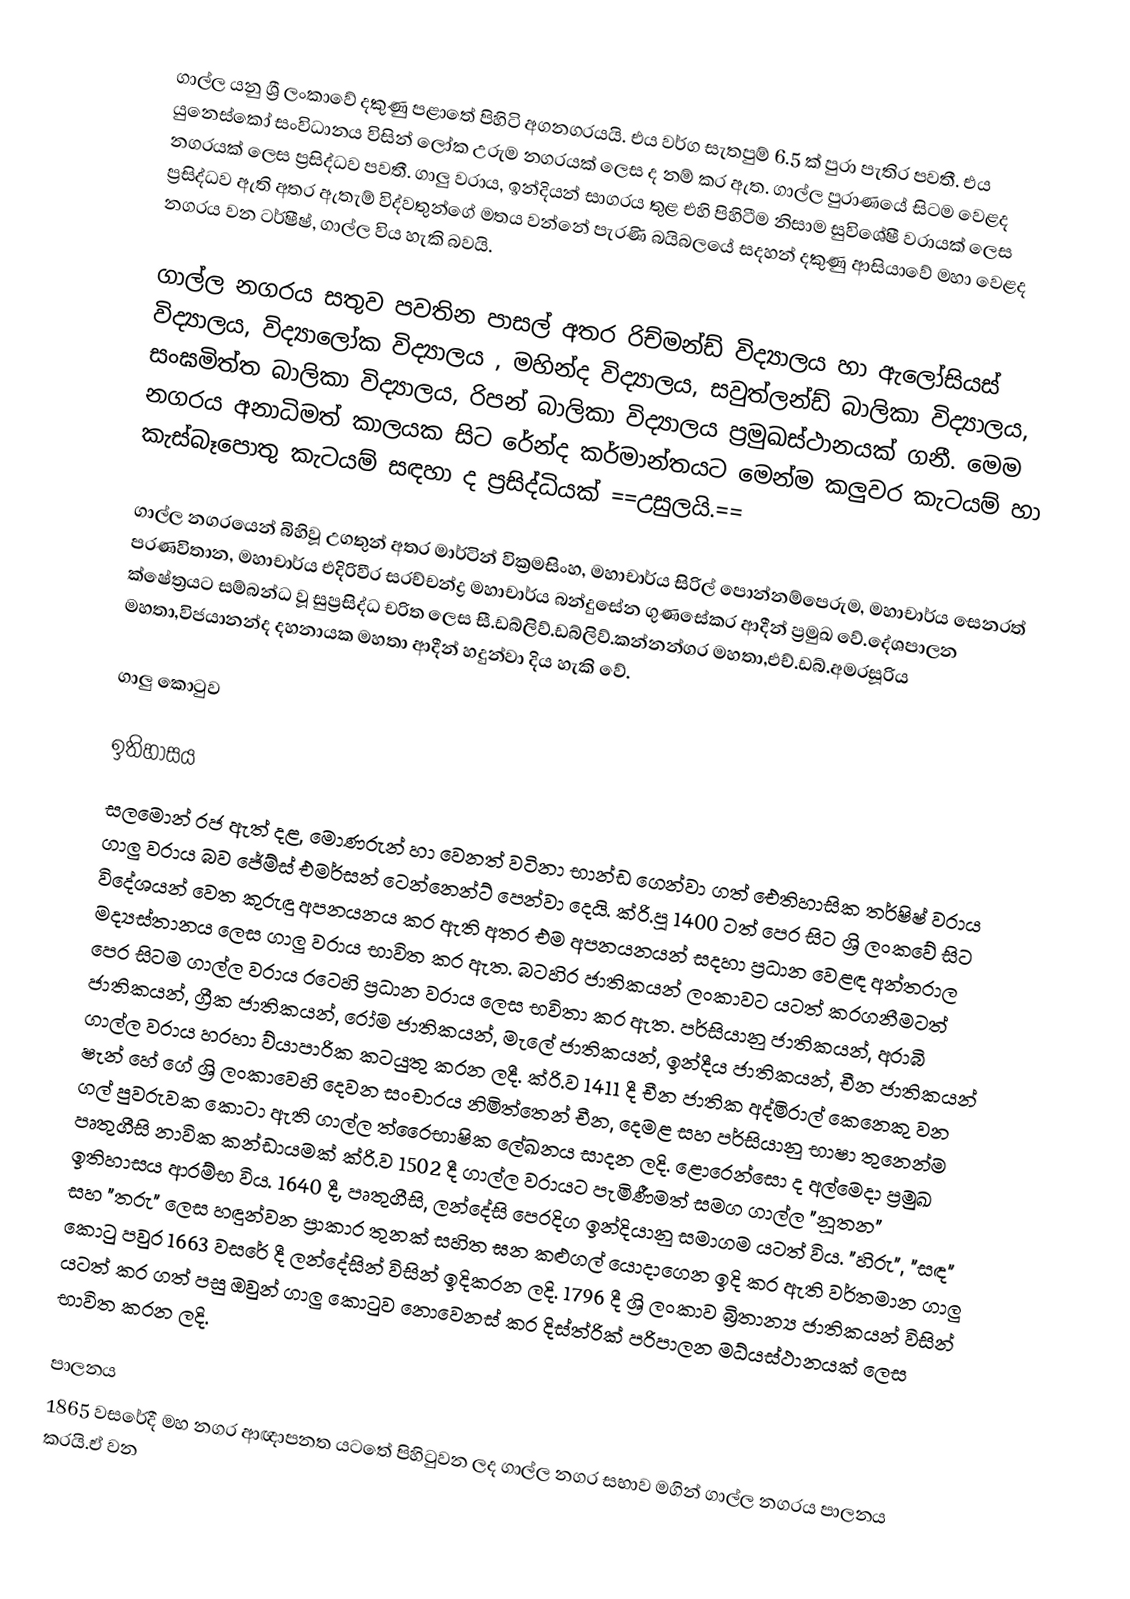
ගාල්ල යනු ශ්‍රී ලංකාවේ දකුණු පළාතේ පිහිටි අගනගරයයි. එය වර්ග සැතපුම් 6.5 ක් පුරා පැතිර පවතී. එය යුනෙස්කෝ සංවිධානය විසින් ලෝක උරුම නගරයක් ලෙස ද නම් කර ඇත. ගාල්ල පුරාණයේ සිටම වෙළද නගරයක් ලෙස ප්‍රසිද්ධව පවතී. ගාලු වරාය, ඉන්දියන් සාගරය තුළ එහි පිහිටීම නිසාම සුවි‍ශේෂී වරායක් ලෙස ප්‍රසිද්ධව ඇති අතර ඇතැම් විද්වතුන්ගේ මතය වන්නේ පැරණි බයිබලයේ සදහන් දකුණු ආසියාවේ මහා වෙළද නගරය වන ටර්ෂීෂ්, ගාල්ල විය හැකි බවයි.

ගාල්ල නගරය සතුව පවතින පාසල් අතර රිච්මන්ඩ් විද්‍යාලය හා  ඇලෝසියස් විද්‍යාලය,  විද්‍යාලෝක විද්‍යාලය , මහින්ද විද්‍යාලය, සවුත්ලන්ඩ් බාලිකා විද්‍යාලය, සංඝමිත්ත බාලිකා විද්‍යාලය, රිපන් බාලිකා විද්‍යාලය ප්‍රමුඛස්ථානයක් ගනී. මෙම නගරය අනාධිමත් කාලයක සිට රේන්ද කර්මාන්තයට මෙන්ම කලුවර කැටයම් හා කැස්බෑ⁣පොතු කැටයම්  සඳහා ද ප්‍රසිද්ධියක් ==උසුලයි.==

ගාල්ල නගරයෙන් බිහිවූ උගතුන් අතර මාර්ටින් වික්‍රමසිංහ, මහාචාර්ය සිරිල් පොන්නම්පෙරුම, මහාචාර්ය සෙනරත් පරණවිතාන, මහාචාර්ය එදිරිවීර සරච්චන්ද්‍ර මහාචාර්ය  බන්දුසේන ගුණසේකර ආදීන් ප්‍රමුඛ වේ.දේශපාලන ⁣ක්ෂේත්‍රයට සම්බන්ධ වූ සුප්‍රසිද්ධ චරිත ලෙස සී.ඩබ්ලිව්.ඩබ්ලිව්.කන්නන්ගර මහතා,එච්.ඩබ්.අමරසූරිය මහතා,විජයානන්ද දහනායක මහතා ආදීන් හදුන්වා දිය හැකි වේ.

ගාලු කොටුව

ඉතිහාසය
සලමොන් රජ ඇත් දළ, මොණරුන් හා වෙනත් වටිනා භාන්ඩ ගෙන්වා ගත් ඓතිහාසික තර්ෂිෂ් වරාය ගාලු වරාය බව ජේම්ස් එමර්සන් ටෙන්නෙන්ට් පෙන්වා දෙයි. ක්රි.පූ 1400 ටත් පෙර සිට ශ්‍රි ලංකවේ සිට විදේශයන් වෙත කුරුඳු අපනයනය කර ඇති අතර එම අපනයනයන් සදහා ප්‍රධාන වෙළඳ අන්තරාල මද්‍යස්තානය ලෙස ගාලු වරාය භාවිත කර ඇත. බටහිර ජාතිකයන් ලංකාවට යටත් කරගනීමටත්  පෙර සිටම ගාල්ල වරාය රටෙහි ප්‍රධාන වරාය ලෙස භවිතා කර ඇත. පර්සියානු ජාතිකයන්, අරාබි ජාතිකයන්, ග්‍රීක ජාතිකයන්, රෝම ජාතිකයන්, මැලේ ජාතිකයන්, ඉන්දීය ජාතිකයන්, චීන ජාතිකයන් ගාල්ල වරාය හරහා ව්යාපාරික කටයුතු කරන ලදී.  ක්රි.ව 1411 දී චීන ජාතික අද්මිරාල් කෙනෙකු වන ෂැන් හේ ගේ ශ්‍රි ලංකාවෙහි දෙවන සංචාරය නිමිත්තෙන් චීන, දෙමළ සහ පර්සියානු  භාෂා තුනෙන්ම ගල් පුවරුවක කොටා ඇති ගාල්ල ත්රෛභාෂික ලේඛනය සාදන ලදි. ළොරෙන්සො ද අල්මෙදා ප්‍රමුඛ පෘතුගීසි නාවික කන්ඩායමක් ක්රි.ව 1502 දී ගාල්ල වරායට පැමිණීමත් සමග ගාල්ල "නූතන" ඉතිහාසය ආරම්භ විය. 1640 දී, පෘතුගීසි, ලන්දේසි පෙරදිග ඉන්දියානු සමාගම යටත් විය. "හිරු", "සඳ" සහ "තරු" ලෙස හඳුන්වන ප්‍රාකාර තුනක් සහිත ඝන කළුගල් යොදාගෙන ඉදි කර ඇති වර්තමාන ගාලු කොටු පවුර 1663 වසරේ දී ලන්දේසින් විසින් ඉදිකරන ලදි. 1796 දී ශ්‍රි ලංකාව බ්‍රිතාන්‍ය ජාතිකයන් විසින් යටත් කර ගත් පසු  ඔවුන් ගාලු කොටුව නොවෙනස් කර දිස්ත්රික් පරිපාලන මධ්යස්ථානයක් ලෙස භාවිත කරන ලදි.

පාලනය
1865 වසරේදී මහ නගර ආඥාපනත යටතේ පිහිටුවන ලද ගාල්ල නගර සභාව මගින් ගාල්ල නගරය පාලනය කරයි.ඒ වන